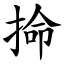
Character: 掵